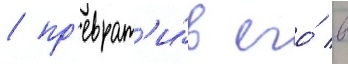
/ пр'еврат'и́в его́ в